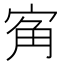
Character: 𭓲